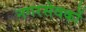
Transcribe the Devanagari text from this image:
नगरसेवकों